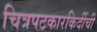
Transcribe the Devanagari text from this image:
चित्रपटकारकिर्दीची